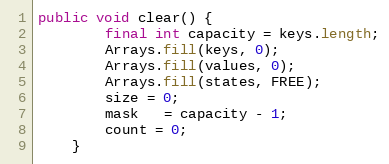
Language: Java
public void clear() {
        final int capacity = keys.length;
        Arrays.fill(keys, 0);
        Arrays.fill(values, 0);
        Arrays.fill(states, FREE);
        size = 0;
        mask   = capacity - 1;
        count = 0;
    }